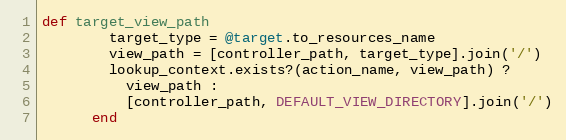
Language: Ruby
def target_view_path
        target_type = @target.to_resources_name
        view_path = [controller_path, target_type].join('/')
        lookup_context.exists?(action_name, view_path) ?
          view_path :
          [controller_path, DEFAULT_VIEW_DIRECTORY].join('/')
      end